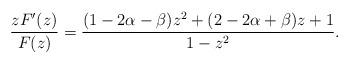
LaTeX: \begin{align*}\dfrac{zF'(z)}{F(z)}&= \dfrac{(1-2\alpha-\beta)z^2+(2-2\alpha+\beta)z+1}{1-z^2}.\end{align*}